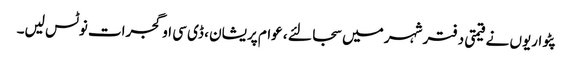
پٹواریوں نے قیمتی دفتر شہر میں سجا لئے ، عوام پریشان ، ڈی سی او گجرات نوٹس لیں۔